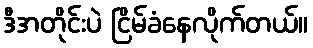
ဒီအတိုင်းပဲ ငြိမ်ခံနေလိုက်တယ်။